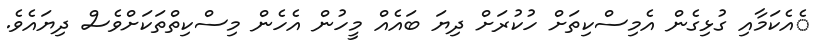
ެއެކަމާއި ގުޅިގެން އެމިސްކިތަށް ހުކުރަށް ދިޔަ ބައެއް މީހުން އެހެން މިސްކިތްތަކަށްވެސް ދިޔައެވެ.